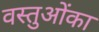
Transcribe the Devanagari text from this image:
वस्तुओंका